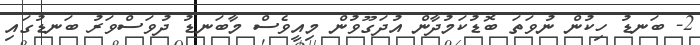
2- ބަނޑު ހިކުން ނުވަތަ ބޮޑުކަމުދާން އުދަގޫވުން މިއީވެސް މާބަނޑު ދުވަސްވަރު ބަނޑުގައި